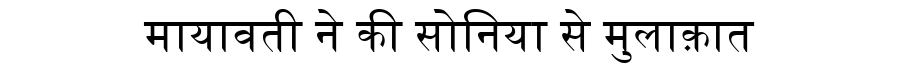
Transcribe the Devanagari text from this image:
मायावती ने की सोनिया से मुलाक़ात